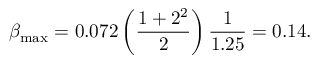
\beta _ { \mathrm { m a x } } = 0 . 0 7 2 \left( { \frac { 1 + 2 ^ { 2 } } { 2 } } \right) { \frac { 1 } { 1 . 2 5 } } = 0 . 1 4 .